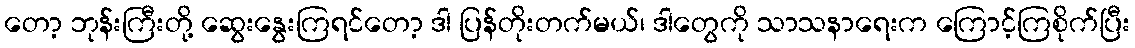
တော့ ဘုန်းကြီးတို့ ဆွေးနွေးကြရင်တော့ ဒါ ပြန်တိုးတက်မယ်၊ ဒါတွေကို သာသနာရေးက ကြောင့်ကြစိုက်ပြီး